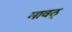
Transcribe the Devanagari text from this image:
मावठ्